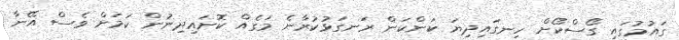
ގައުމުގައި ގޯސްކޯށް ހިނގައިދިޔަ ކަންކަން ރަނގަޅުކުރާނެ މަގެއް ކޮށައިދިނުން ކަމަށް ވެސް އޭނާ